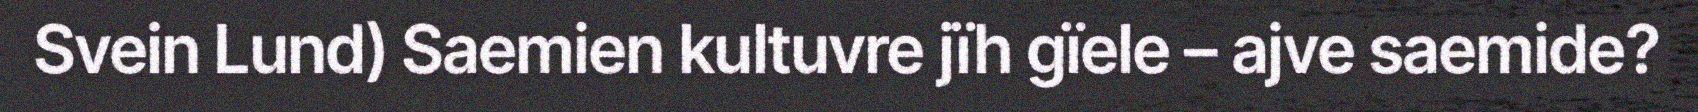
Svein Lund) Saemien kultuvre jïh gïele – ajve saemide?